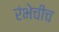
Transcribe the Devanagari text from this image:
रंभेचीच